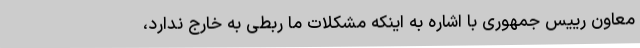
معاون رییس جمهوری با اشاره به اینکه مشکلات ما ربطی به خارج ندارد،